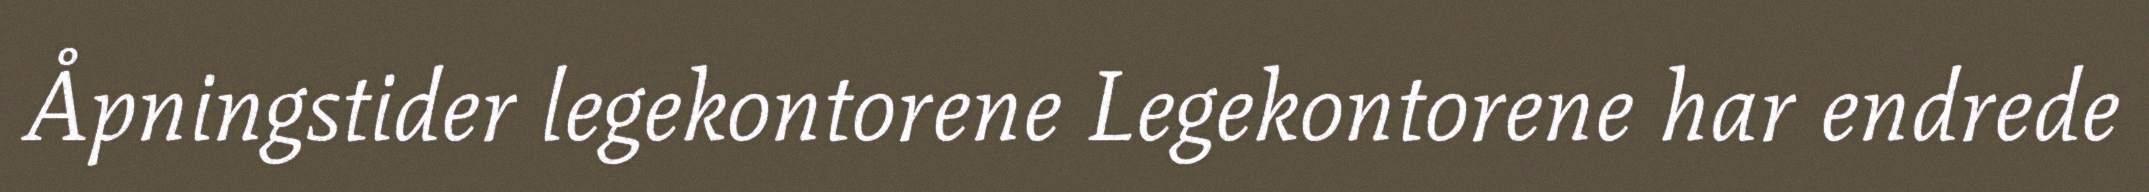
Åpningstider legekontorene Legekontorene har endrede